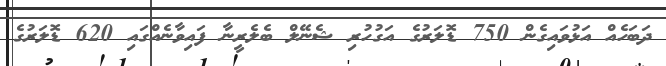
ދަބަހެއް އަޅުވައިގެން 750 ޑޮލަރުގެ އަގުހުރި ޝެނޭލް ބެލެރީނާ ފައިވާނެއްގައި 620 ޑޮލަރުގެ